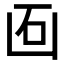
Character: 𠚈